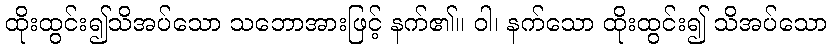
ထိုးထွင်း၍သိအပ်သော သဘောအားဖြင့် နက်၏။ ဝါ၊ နက်သော ထိုးထွင်း၍ သိအပ်သော